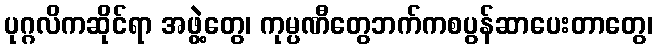
ပုဂ္ဂလိကဆိုင်ရာ အဖွဲ့တွေ၊ ကုမ္ပဏီတွေဘက်ကစပွန်ဆာပေးတာတွေ၊